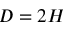
D = 2 H